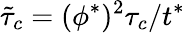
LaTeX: \tilde{\tau}_{c}={(\phi^{*})^{2}}\tau_{c}/{t^{*}}